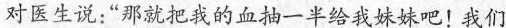
对医生说：”那就把我的血抽一半给我妹妹吧！我们